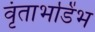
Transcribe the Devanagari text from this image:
वृंताभडिंभ